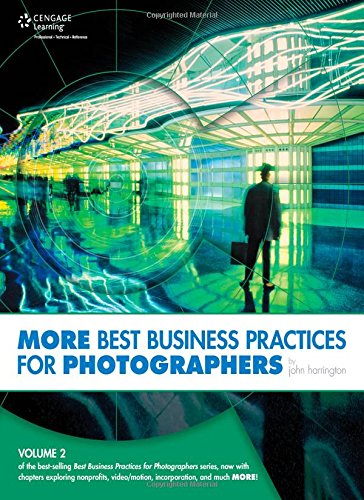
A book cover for MORE Best Business Practices for Photographers; John Harrington; Arts & Photography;